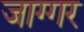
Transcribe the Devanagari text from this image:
जाग्गर